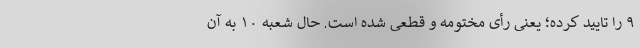
۹ را تایید کرده؛ یعنی رأی مختومه و قطعی شده است. حال شعبه ۱۰ به آن